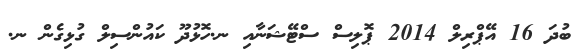
ބުދަ 16 އޭޕްރިލް 2014 ޕޮލިސް ސްޓޭޝަނާއި ނ.ހޮޅުދޫ ކައުންސިލް ގުޅިގެން ނ.